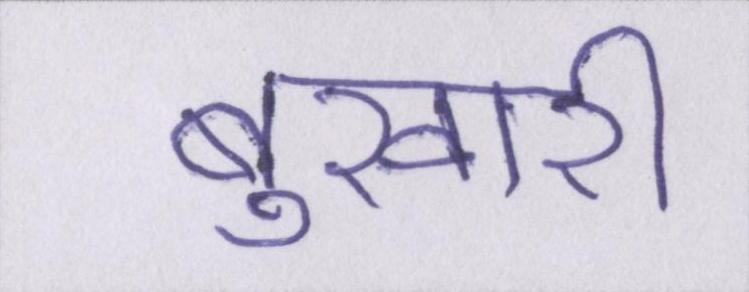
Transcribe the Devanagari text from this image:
बुखारी